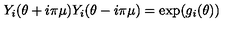
Y _ { i } ( \theta + i \pi \mu ) Y _ { i } ( \theta - i \pi \mu ) = \exp ( g _ { i } ( \theta ) )